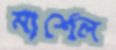
মার্শেল